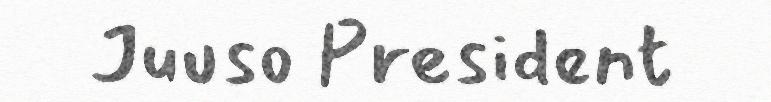
Juuso President